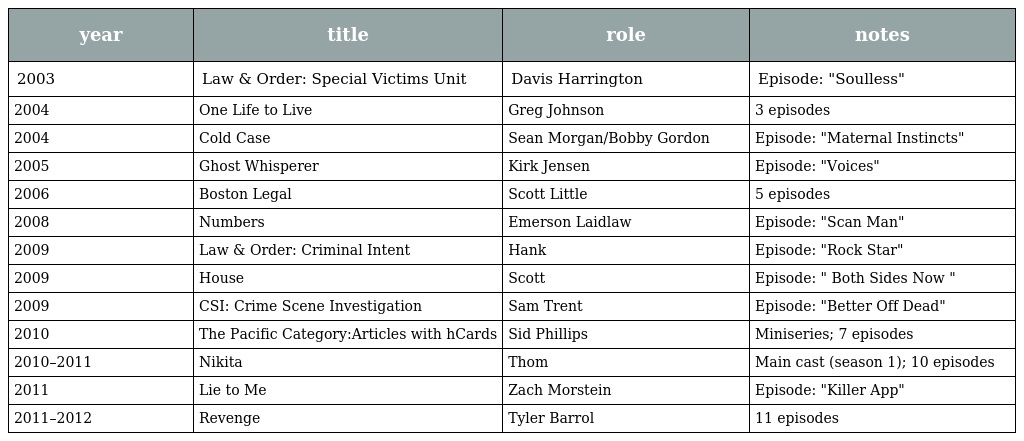
| year | title | role | notes |
 | --- | --- | --- | --- |
 | 2003 | Law & Order: Special Victims Unit | Davis Harrington | Episode: "Soulless" |
 | 2004 | One Life to Live | Greg Johnson | 3 episodes |
 | 2004 | Cold Case | Sean Morgan/Bobby Gordon | Episode: "Maternal Instincts" |
 | 2005 | Ghost Whisperer | Kirk Jensen | Episode: "Voices" |
 | 2006 | Boston Legal | Scott Little | 5 episodes |
 | 2008 | Numbers | Emerson Laidlaw | Episode: "Scan Man" |
 | 2009 | Law & Order: Criminal Intent | Hank | Episode: "Rock Star" |
 | 2009 | House | Scott | Episode: " Both Sides Now " |
 | 2009 | CSI: Crime Scene Investigation | Sam Trent | Episode: "Better Off Dead" |
 | 2010 | The Pacific Category:Articles with hCards | Sid Phillips | Miniseries; 7 episodes |
 | 2010–2011 | Nikita | Thom | Main cast (season 1); 10 episodes |
 | 2011 | Lie to Me | Zach Morstein | Episode: "Killer App" |
 | 2011–2012 | Revenge | Tyler Barrol | 11 episodes |